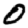
Digit: 0